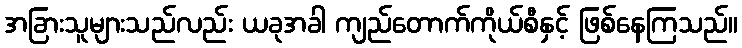
အခြားသူများသည်လည်း ယခုအခါ ကျည်တောက်ကိုယ်စီနှင့် ဖြစ်နေကြသည်။